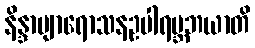
နိန္ဒာဗျာရောသနဥပါရမ္ဘဘယာတိ